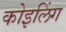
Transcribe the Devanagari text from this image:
कोइलिंग